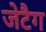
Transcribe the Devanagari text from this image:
जेटैग